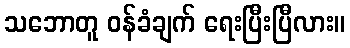
သဘောတူ ဝန်ခံချက် ရေးပြီးပြီလား။